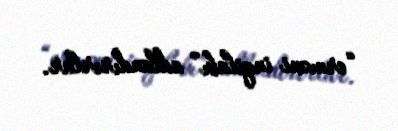
“erməni inqilabı” adlandırırlar.